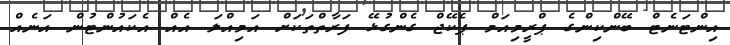
އިންޓަނެޓް ބޭންކިންގެ ޕްރީމިއަމް ޕެކޭޖް ގެންގުޅޭ ފަރާތްތަކަށް އަމިއްލަ އެއް އެކައުންޓުން އަނެއް